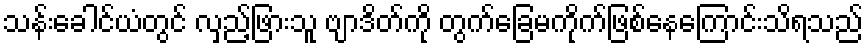
သန်းခေါင်ယံတွင် လှည့်ဖြားသူ ဗျာဒိတ်ကို တွက်ခြေမကိုက်ဖြစ်နေကြောင်းသိရသည်